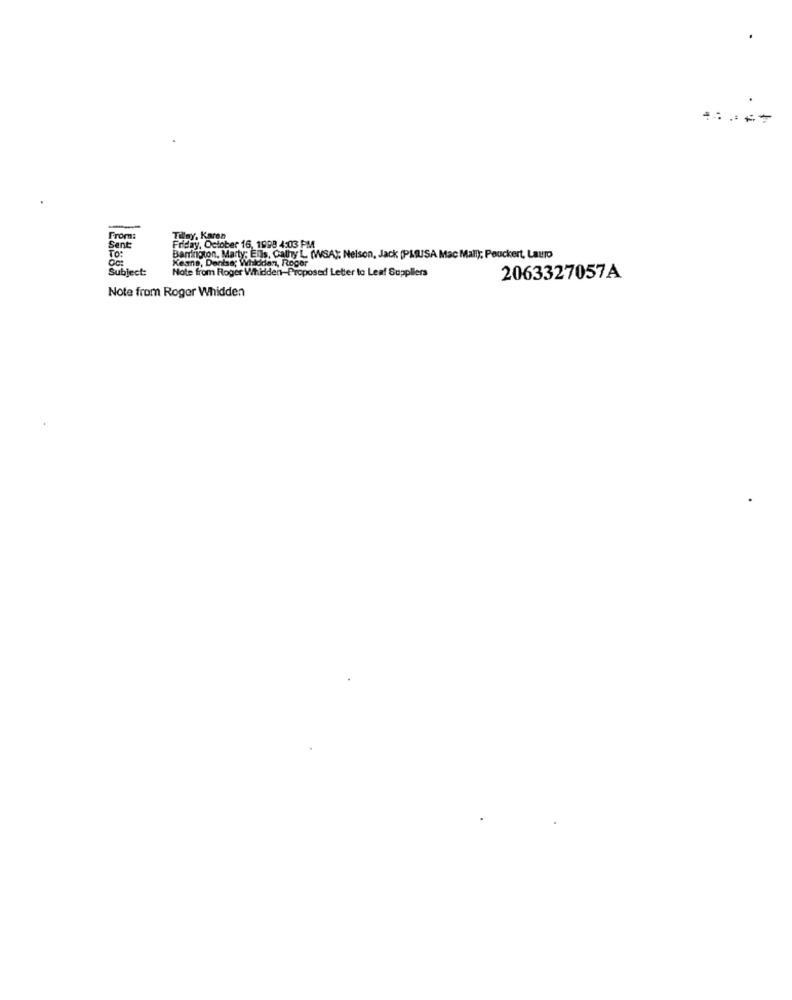
From:
Tilny. Karen
Sent:
Friday, October 16, 1998 4:03 PM
TO:
Barrington. Marty; Ells, Cathy L. (WSA); Nelson, Jack (PAUSA Mac Mall); Peuckert, Lauro
hise: Wiedan, Ro
Subject:
Keane, Denise; Wildde
Note from Roger Whidden-Proposed Letter to Leaf Suppliers
2063327057A
Note from Roger Whidden